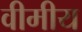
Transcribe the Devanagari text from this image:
वीमीय